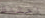
احتفظ